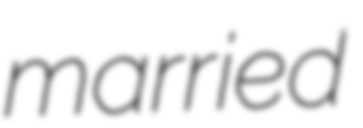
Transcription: married